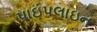
પાઇપલાઇન